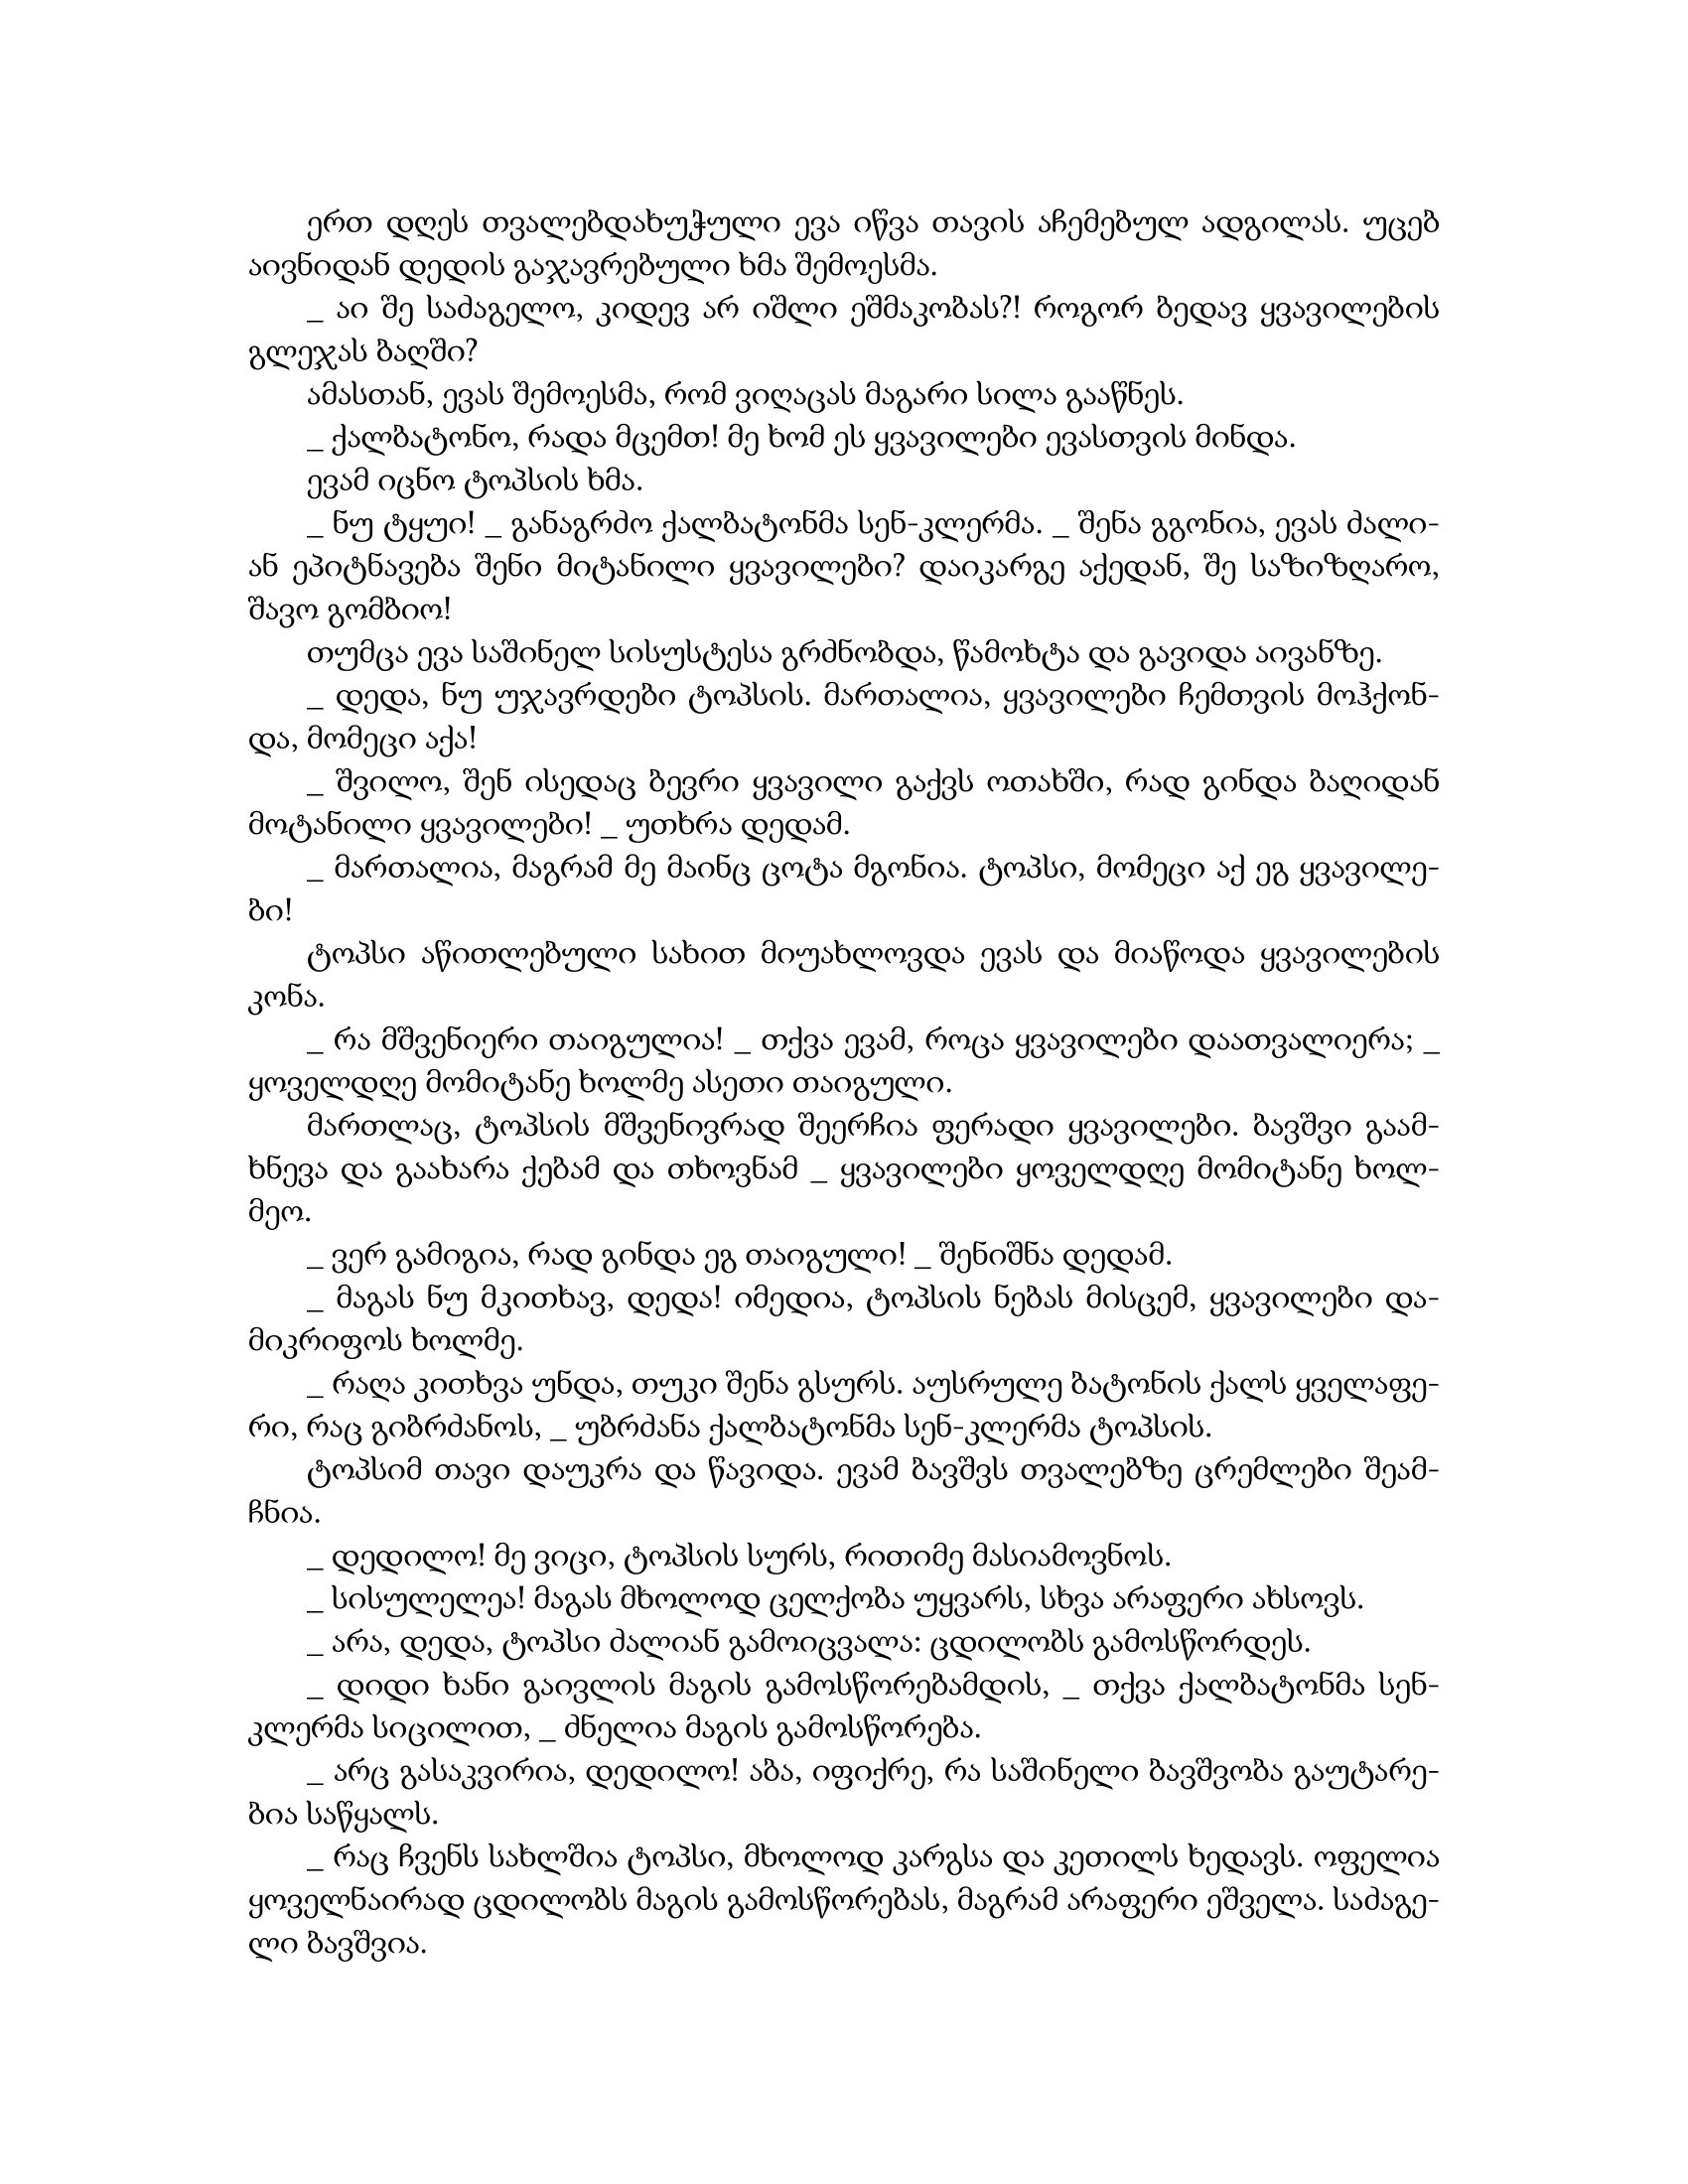
Language: gr